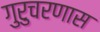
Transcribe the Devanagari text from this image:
गुरुचरणास